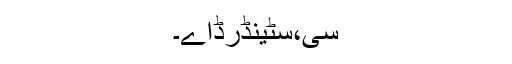
سی،سٹینڈرڈاے۔